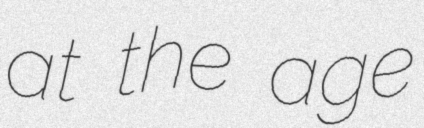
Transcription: at the age